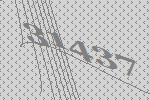
31437